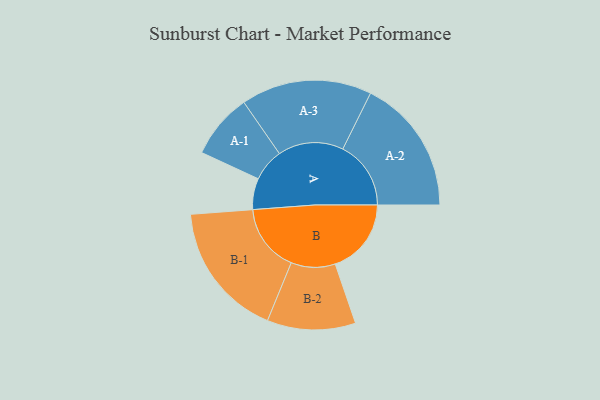
{"axis": {"x": "Segment", "y": "Value"}, "legend": ["", "A", "B"], "data": [{"x": "A", "y": 129, "type": ""}, {"x": "B", "y": 315, "type": ""}, {"x": "A-1", "y": 135, "type": "A"}, {"x": "A-2", "y": 282, "type": "A"}, {"x": "A-3", "y": 271, "type": "A"}, {"x": "B-1", "y": 281, "type": "B"}, {"x": "B-2", "y": 183, "type": "B"}]}